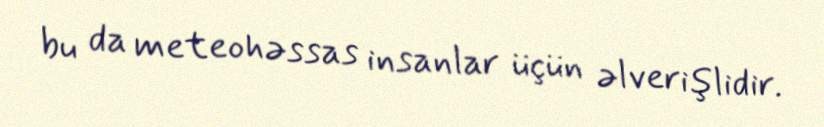
bu da meteohəssas insanlar üçün əlverişlidir.